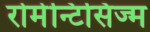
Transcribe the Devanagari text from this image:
रोमेन्टिसिज्म